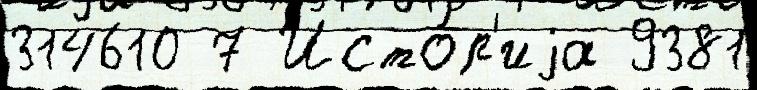
314610 7 Исто́р'иjа 9381